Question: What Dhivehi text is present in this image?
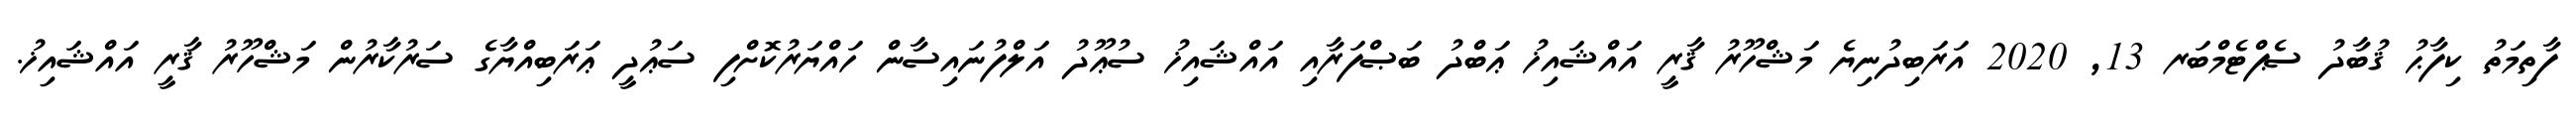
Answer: ފާތިމަތު ކިފާޙު ޤުބާދު ސެޕްޓެމްބަރ 13, 2020 އަރަބިދުނިޔެ މަޝްހޫރު ޤާރީ އައްޝައިޚު ޢަބްދު ބަޞްފަރާއި އައްޝައިޚު ސުޢޫދު އަލްފުނައިސާން ހައްޔަރުކޮށްފި ސަޢުދީ ޢަރަބިއްޔާގެ ސަރުކާރުން މަޝްހޫރު ޤާރީ އައްޝައިޚު.